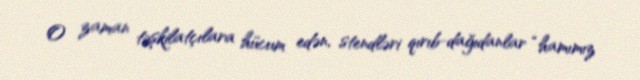
O zaman təşkilatçılara hücum edən, stendləri qırıb-dağıdanlar “hamımız